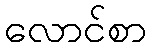
လောင်စာ